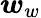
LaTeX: \boldsymbol{w}_{w}